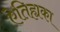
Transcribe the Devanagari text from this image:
ऐतिह्यका